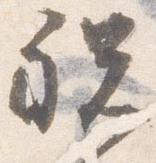
祝